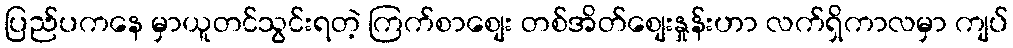
ပြည်ပကနေ မှာယူတင်သွင်းရတဲ့ ကြက်စာစျေး တစ်အိတ်စျေးနှုန်းဟာ လက်ရှိကာလမှာ ကျပ်